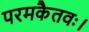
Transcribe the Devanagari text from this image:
परमकैतवः।